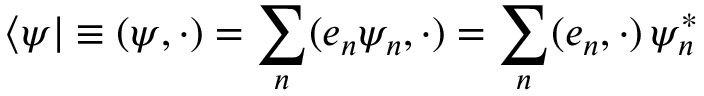
\langle \psi | \equiv ( { \boldsymbol { \psi } } , \cdot ) = \sum _ { n } ( { \boldsymbol { e } } _ { n } \psi _ { n } , \cdot ) = \sum _ { n } ( { \boldsymbol { e } } _ { n } , \cdot ) \, \psi _ { n } ^ { * }